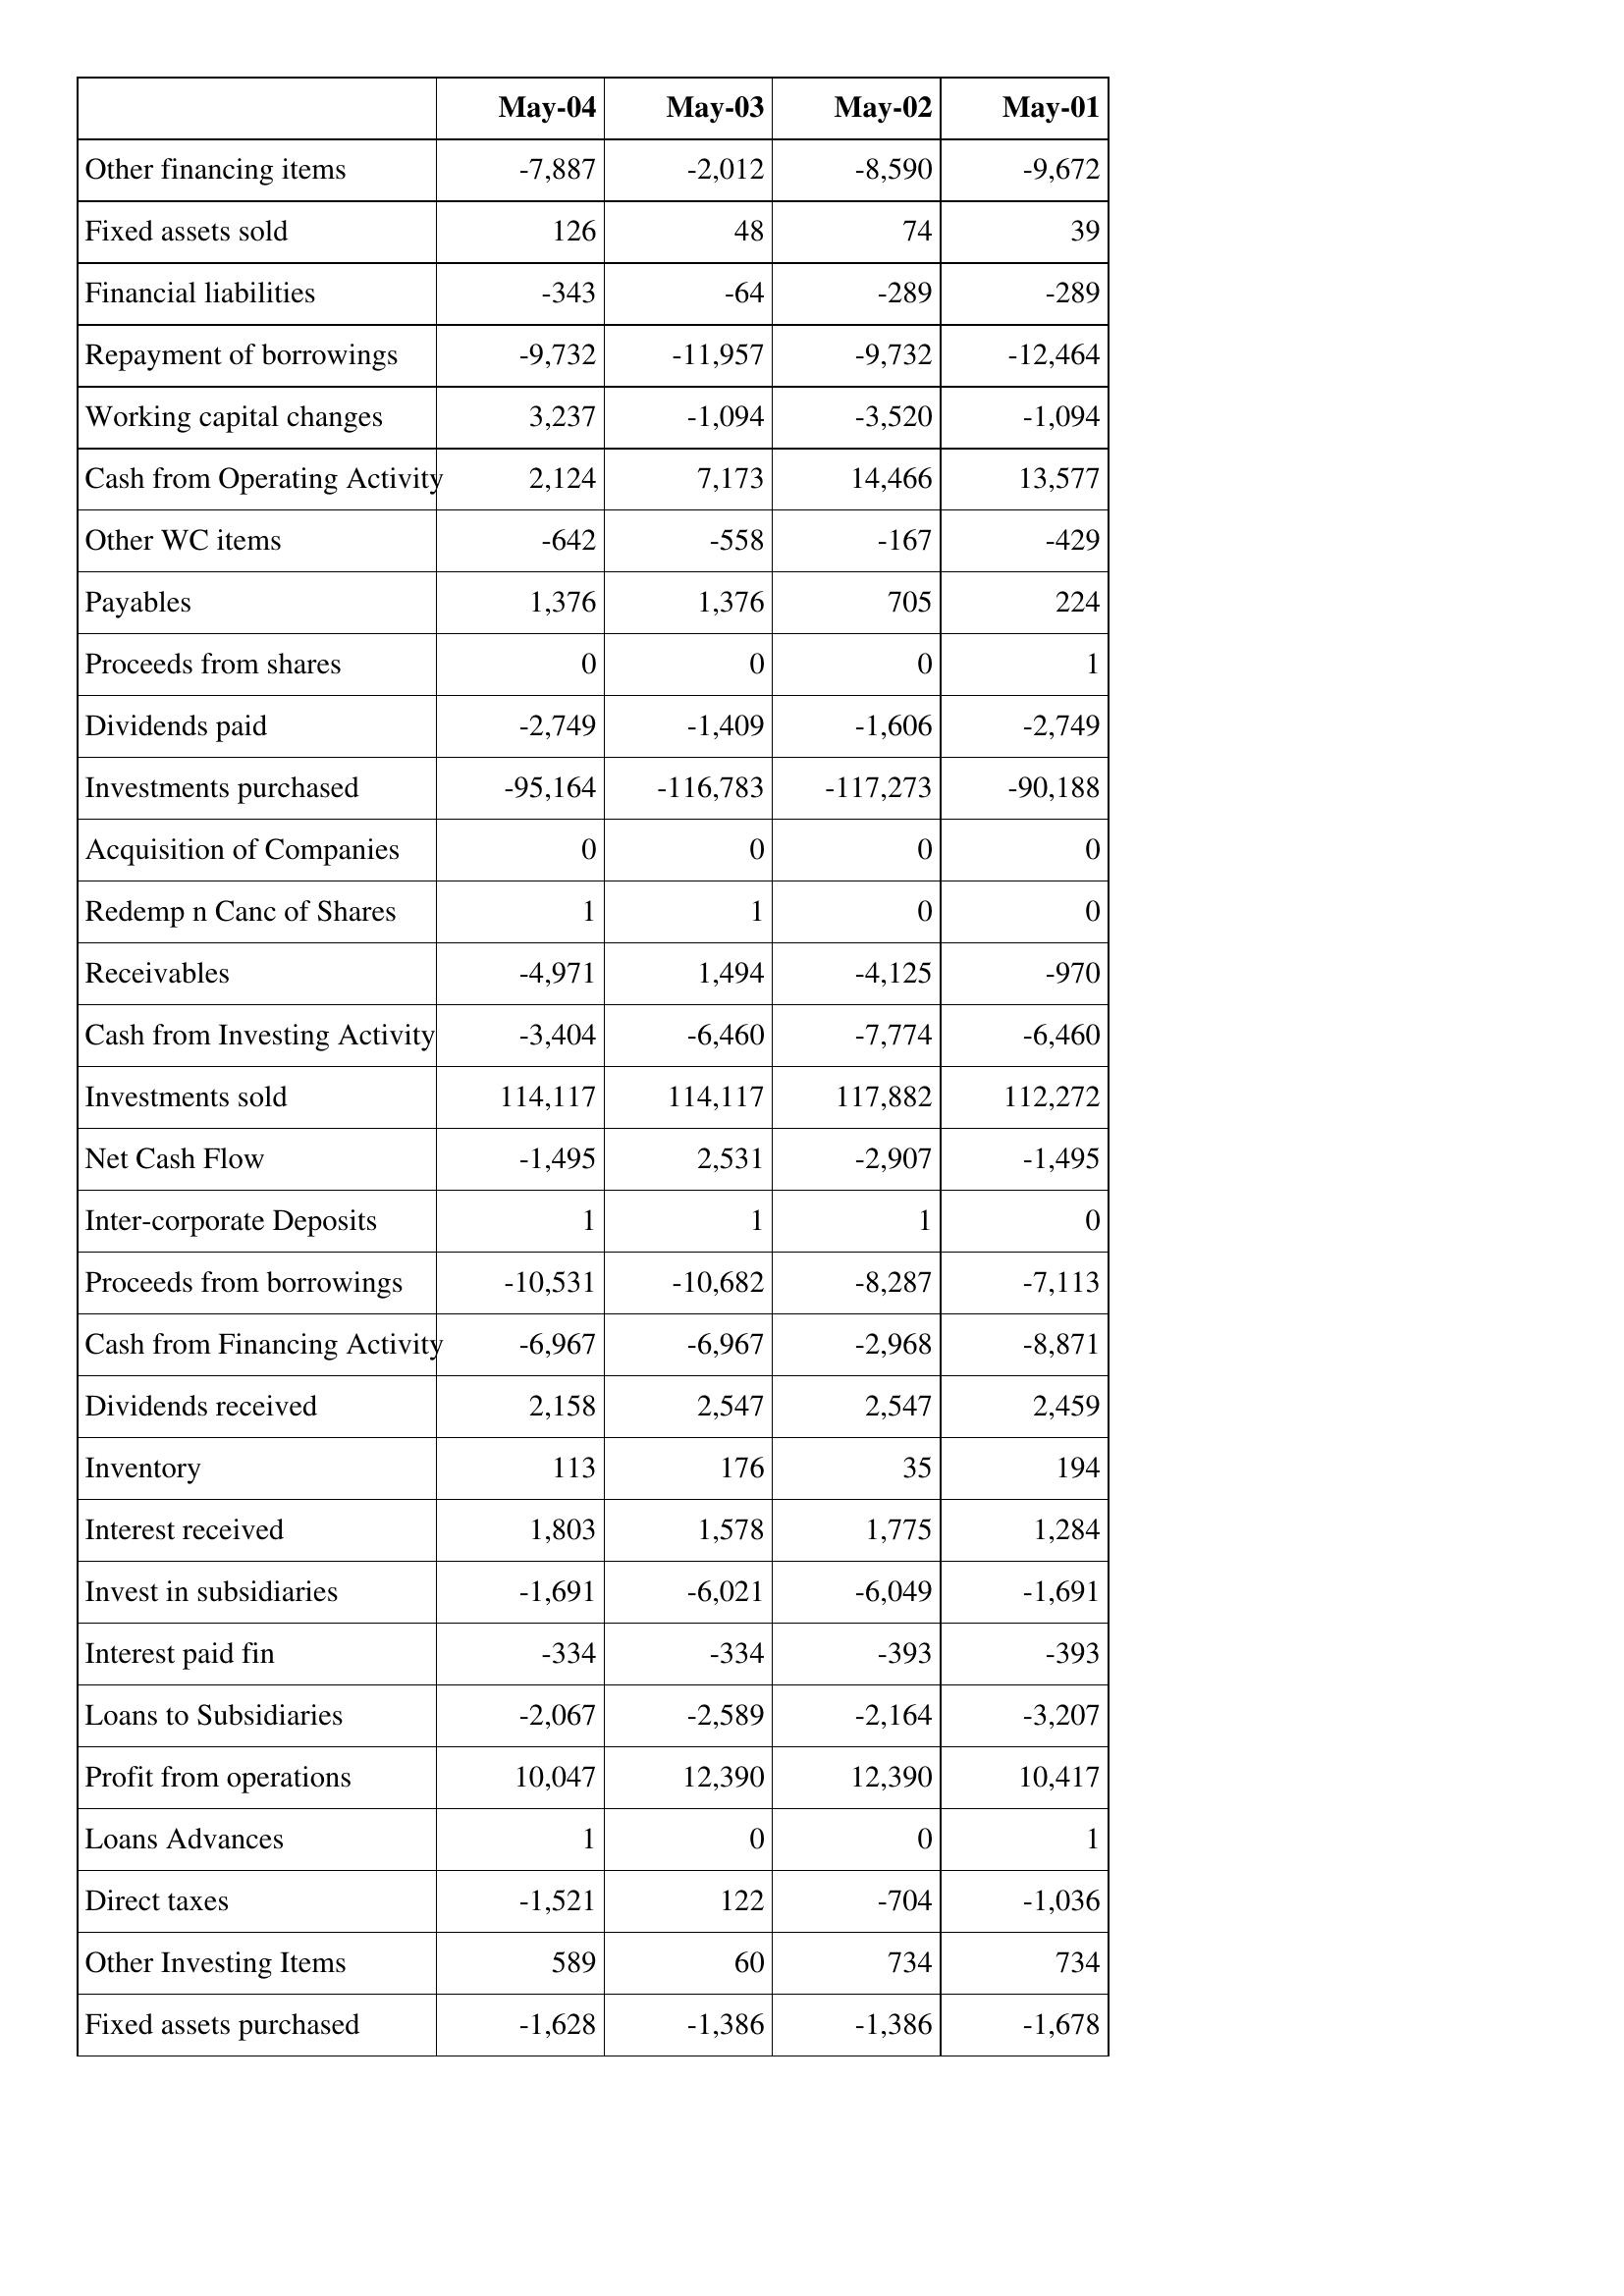
May-04: Cash Flows: Other financing items: -7,887
Fixed assets sold: 126
Financial liabilities: -343
Repayment of borrowings: -9,732
Working capital changes: 3,237
Cash from Operating Activity: 2,124
Other WC items: -642
Payables: 1,376
Proceeds from shares: 0
Dividends paid: -2,749
Investments purchased: -95,164
Acquisition of Companies: 0
Redemp n Canc of Shares: 1
Receivables: -4,971
Cash from Investing Activity: -3,404
Investments sold: 114,117
Net Cash Flow: -1,495
Inter-corporate Deposits: 1
Proceeds from borrowings: -10,531
Cash from Financing Activity: -6,967
Dividends received: 2,158
Inventory: 113
Interest received: 1,803
Invest in subsidiaries: -1,691
Interest paid fin: -334
Loans to Subsidiaries: -2,067
Profit from operations: 10,047
Loans Advances: 1
Direct taxes: -1,521
Other Investing Items: 589
Fixed assets purchased: -1,628
May-03: Cash Flows: Other financing items: -2,012
Fixed assets sold: 48
Financial liabilities: -64
Repayment of borrowings: -11,957
Working capital changes: -1,094
Cash from Operating Activity: 7,173
Other WC items: -558
Payables: 1,376
Proceeds from shares: 0
Dividends paid: -1,409
Investments purchased: -116,783
Acquisition of Companies: 0
Redemp n Canc of Shares: 1
Receivables: 1,494
Cash from Investing Activity: -6,460
Investments sold: 114,117
Net Cash Flow: 2,531
Inter-corporate Deposits: 1
Proceeds from borrowings: -10,682
Cash from Financing Activity: -6,967
Dividends received: 2,547
Inventory: 176
Interest received: 1,578
Invest in subsidiaries: -6,021
Interest paid fin: -334
Loans to Subsidiaries: -2,589
Profit from operations: 12,390
Loans Advances: 0
Direct taxes: 122
Other Investing Items: 60
Fixed assets purchased: -1,386
May-02: Cash Flows: Other financing items: -8,590
Fixed assets sold: 74
Financial liabilities: -289
Repayment of borrowings: -9,732
Working capital changes: -3,520
Cash from Operating Activity: 14,466
Other WC items: -167
Payables: 705
Proceeds from shares: 0
Dividends paid: -1,606
Investments purchased: -117,273
Acquisition of Companies: 0
Redemp n Canc of Shares: 0
Receivables: -4,125
Cash from Investing Activity: -7,774
Investments sold: 117,882
Net Cash Flow: -2,907
Inter-corporate Deposits: 1
Proceeds from borrowings: -8,287
Cash from Financing Activity: -2,968
Dividends received: 2,547
Inventory: 35
Interest received: 1,775
Invest in subsidiaries: -6,049
Interest paid fin: -393
Loans to Subsidiaries: -2,164
Profit from operations: 12,390
Loans Advances: 0
Direct taxes: -704
Other Investing Items: 734
Fixed assets purchased: -1,386
May-01: Cash Flows: Other financing items: -9,672
Fixed assets sold: 39
Financial liabilities: -289
Repayment of borrowings: -12,464
Working capital changes: -1,094
Cash from Operating Activity: 13,577
Other WC items: -429
Payables: 224
Proceeds from shares: 1
Dividends paid: -2,749
Investments purchased: -90,188
Acquisition of Companies: 0
Redemp n Canc of Shares: 0
Receivables: -970
Cash from Investing Activity: -6,460
Investments sold: 112,272
Net Cash Flow: -1,495
Inter-corporate Deposits: 0
Proceeds from borrowings: -7,113
Cash from Financing Activity: -8,871
Dividends received: 2,459
Inventory: 194
Interest received: 1,284
Invest in subsidiaries: -1,691
Interest paid fin: -393
Loans to Subsidiaries: -3,207
Profit from operations: 10,417
Loans Advances: 1
Direct taxes: -1,036
Other Investing Items: 734
Fixed assets purchased: -1,678